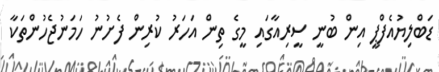
ޑަބްލިޔުއެފްޕީ އިން ބުނީ ސީރިއާގައި މީގެ ތިން އަހަރު ކުރިން ފެށުނު ހަމަނުޖެހުންތަކާ